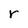
Character: r